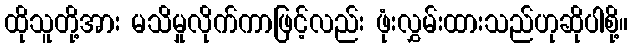
ထိုသူတို့အား မသိမှုလိုက်ကာဖြင့်လည်း ဖုံးလွှမ်းထားသည်ဟုဆိုပါစို့။